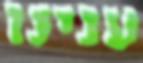
ענינו